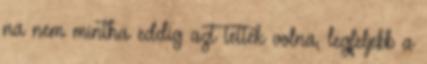
na nem mintha eddig azt tették volna, legfeljebb a